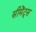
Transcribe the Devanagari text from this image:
सीमेंट्स